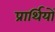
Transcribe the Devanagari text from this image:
प्रार्थियों